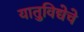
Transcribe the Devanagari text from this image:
यातुविद्येचे